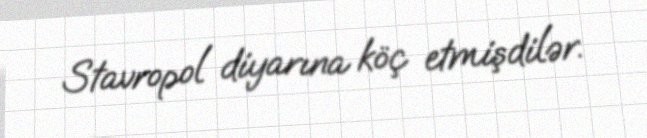
Stavropol diyarına köç etmişdilər.